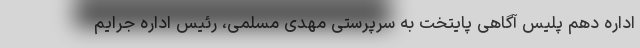
اداره دهم پلیس آگاهی پایتخت به سرپرستی مهدی مسلمی، رئیس اداره جرایم